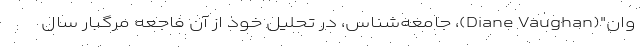
وان"(Diane Vaughan)، جامعه‌شناس، در تحلیل خود از آن فاجعه مرگبار سال